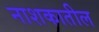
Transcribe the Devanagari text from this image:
नाशकातील